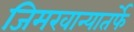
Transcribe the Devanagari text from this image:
जिमखान्यातर्फे